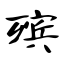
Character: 殡